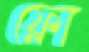
ফ্লো